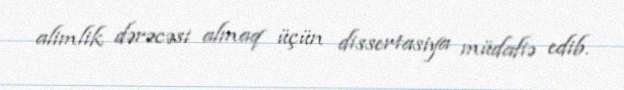
alimlik dərəcəsi almaq üçün dissertasiya müdafiə edib.